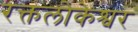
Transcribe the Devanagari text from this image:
रक्तलोकेश्वर